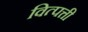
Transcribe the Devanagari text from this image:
वित्पत्ती